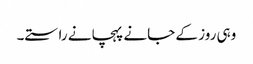
وہی روز کے جانے پہچانے راستے۔